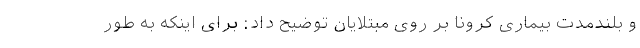
و بلندمدت بیماری کرونا بر روی مبتلایان توضیح داد: برای اینکه به طور